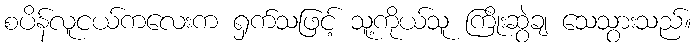
စပိန်လူငယ်ကလေးက ရှက်သဖြင့် သူ့ကိုယ်သူ ကြိုးဆွဲချ သေသွားသည်။